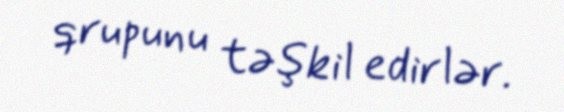
qrupunu təşkil edirlər.